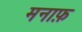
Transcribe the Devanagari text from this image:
मनाफ़